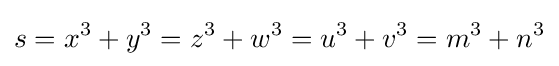
s=x^{3}+y^{3}=z^{3}+w^{3}=u^{3}+v^{3}=m^{3}+n^{3}